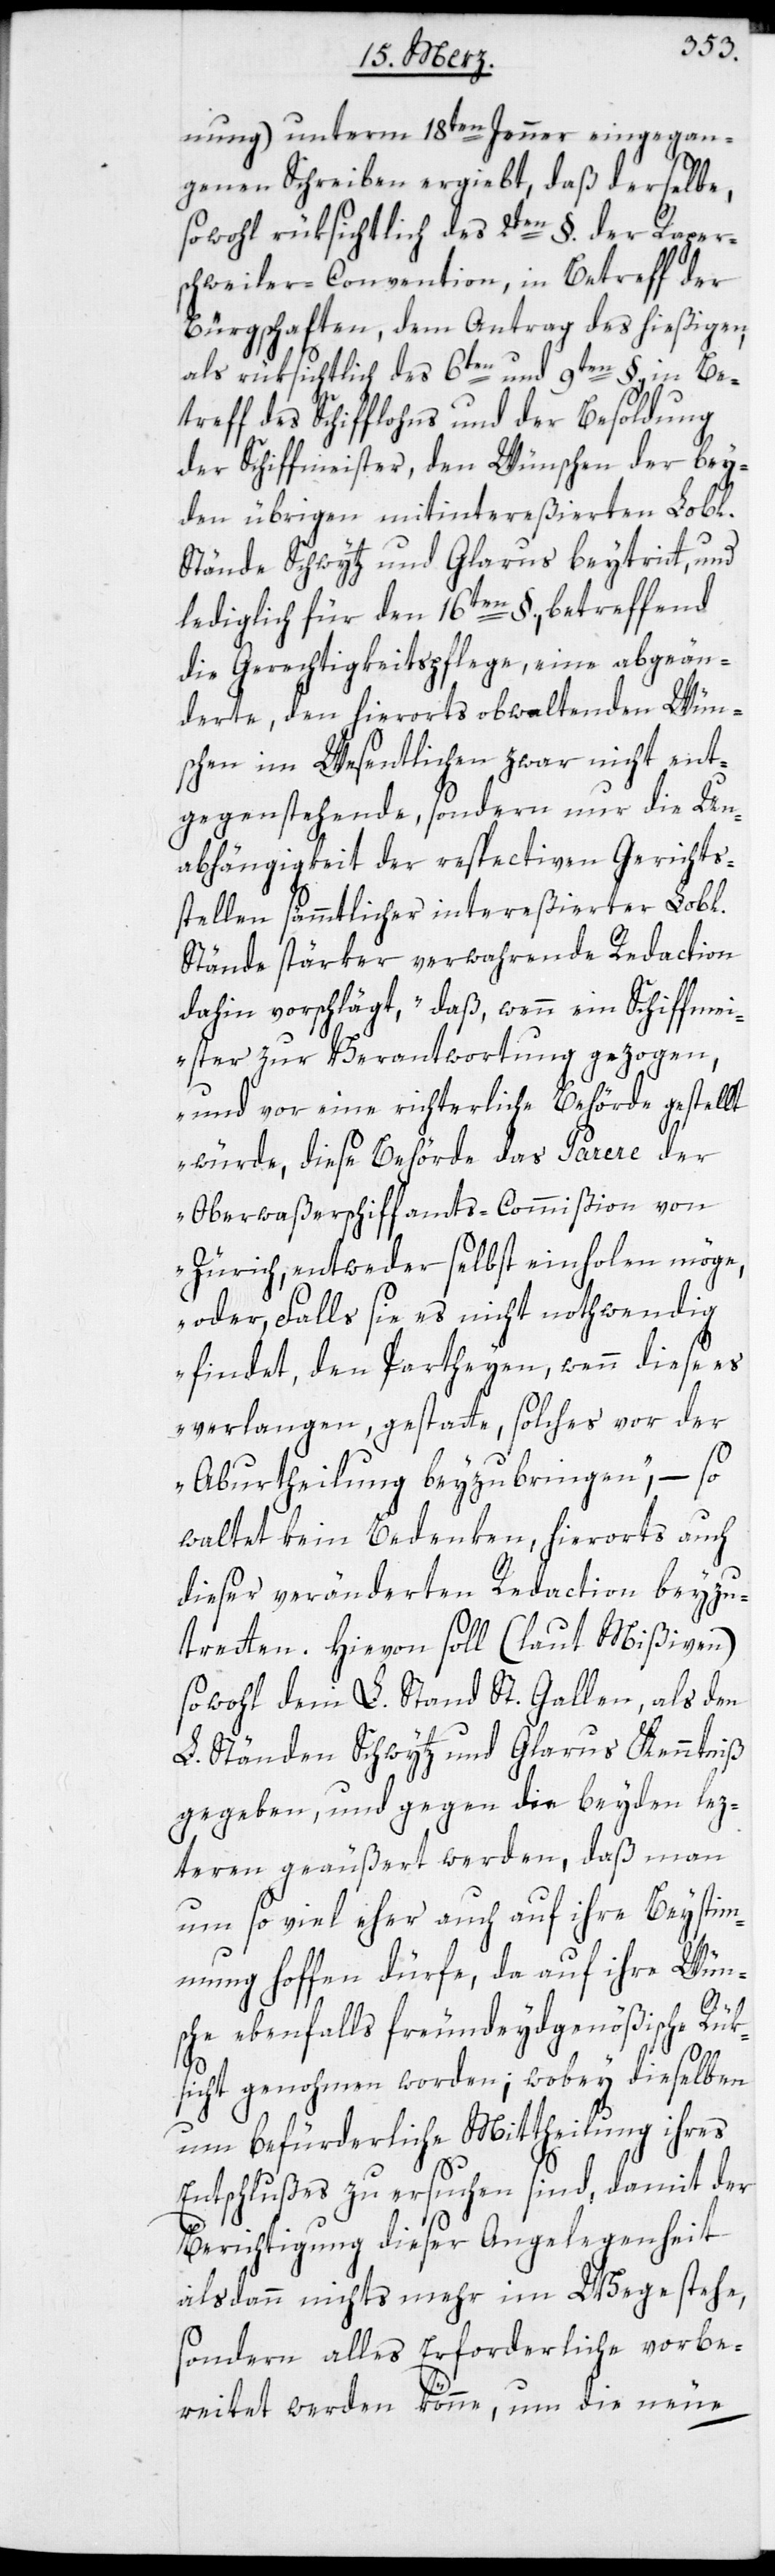
nung) unterm 18ten Jenner eingegan¬
genen Schreiben ergiebt, daß derselbe,
sowohl rüksichtlich des 2ten §. der Rapper¬
schweiler-Convention, in Betreff der
Bürgschaften, dem Antrag des hießigen,
als rüksichtlich des 6ten und 9ten §., in Be¬
treff des Schifflohns und der Besoldung
der Schiffmeister, den Wünschen, der bey¬
den übrigen mitintereßierten Lobl.
Stände Schwytz und Glarus beytritt, und
lediglich für den 16ten §., betreffend
die Gerechtigkeitspflege, eine abgeän¬
derte, den hierorts obwaltenden Wün¬
schen im Wesentlichen zwar nicht ent¬
gegenstehende, sondern nur die Un¬
abhängigkeit der respectiven Gerichts¬
stellen sämmtlicher intereßierter Lobl.
Stände stärker verwahrende Redaction
dahin vorschlägt, „daß wenn ein Schiffmei¬
ster zur Verantwortung gezogen,
und vor eine richterliche Behörde gestellt
würde, diese Behörde das Parere der
Oberwaßerschiffamts-Commißion von
Zürich, entweder selbst einholen möge,
oder, falls sie es nicht nothwendig
findet, den Partheyen, wenn diese es
verlangen, gestatte, solches vor der
Aburtheilung beyzubringen,“ – so
waltet kein Bedenken, hierorts auch
dieser veränderten Redaction beyzu¬
treten. Hievon soll (laut Mißiven)
sowohl dem lobl. Stand St. Gallen, als den
L. Ständen Schwytz und Glarus Kenntniß
gegeben, und gegen die beyden lez¬
teren geäußert werden, daß man
um so viel eher auch auf ihre Beystim¬
mung hoffen dürfe, da auf ihre Wün¬
sche ebenfalls freundeydgenößische Rük¬
sicht genohmen worden; wobey dieselben
um befürderliche Mittheilung ihres
Entschlußes zu ersuchen sind, damit der
Berichtigung dieser Angelegenheit
alsdann nichts mehr im Wege stehe,
sondern alles Erforderliche vorbe¬
reitet werden könne, um die neue